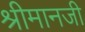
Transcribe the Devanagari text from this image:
श्रीमानजी